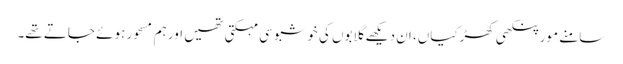
سامنے مور پنکھی کھڑکیاں، ان دیکھے گلابوں کی خوشبو سی مہکتی تھیں اور ہم مسحور ہوئے جاتے تھے۔